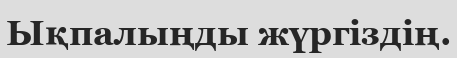
Ықпалыңды жүргіздің.